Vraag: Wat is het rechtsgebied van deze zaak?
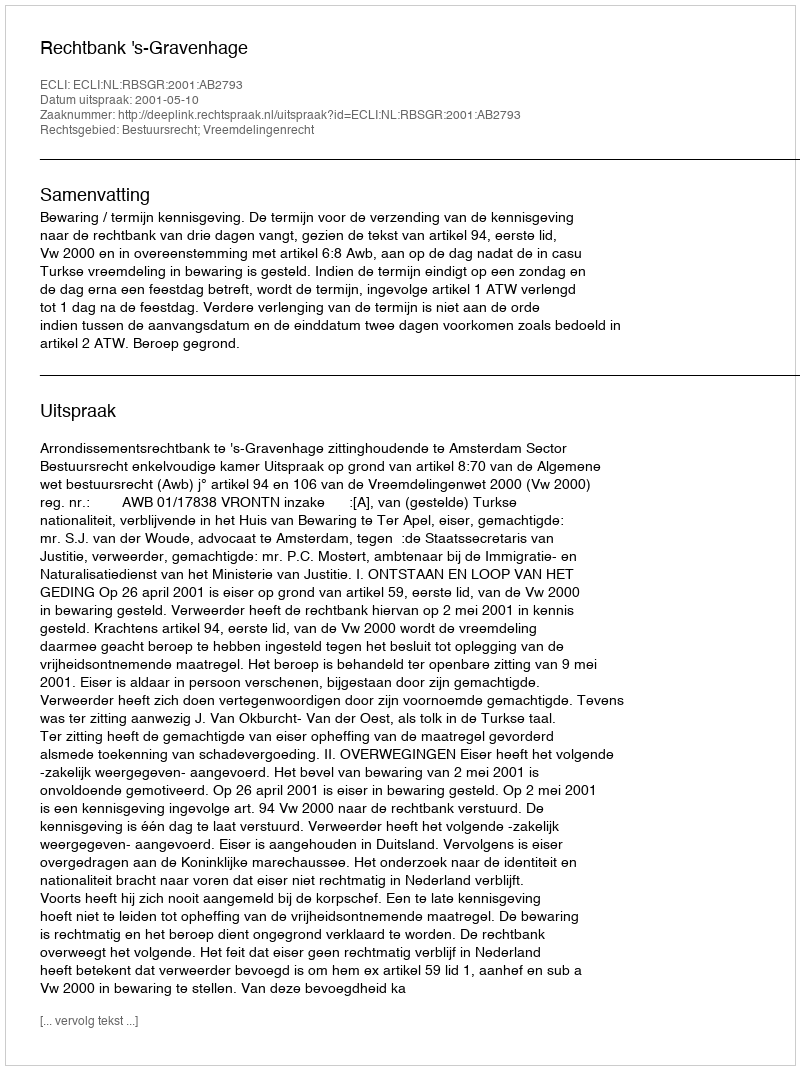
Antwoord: Bestuursrecht; Vreemdelingenrecht